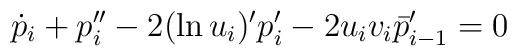
\dot p_i+p''_i-2(\ln u_i)'p'_i-2u_iv_i \bar p'_{i-1}=0